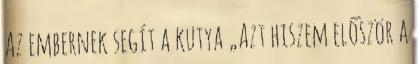
Az embernek segít a kutya „Azt hiszem először a